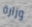
وزارة